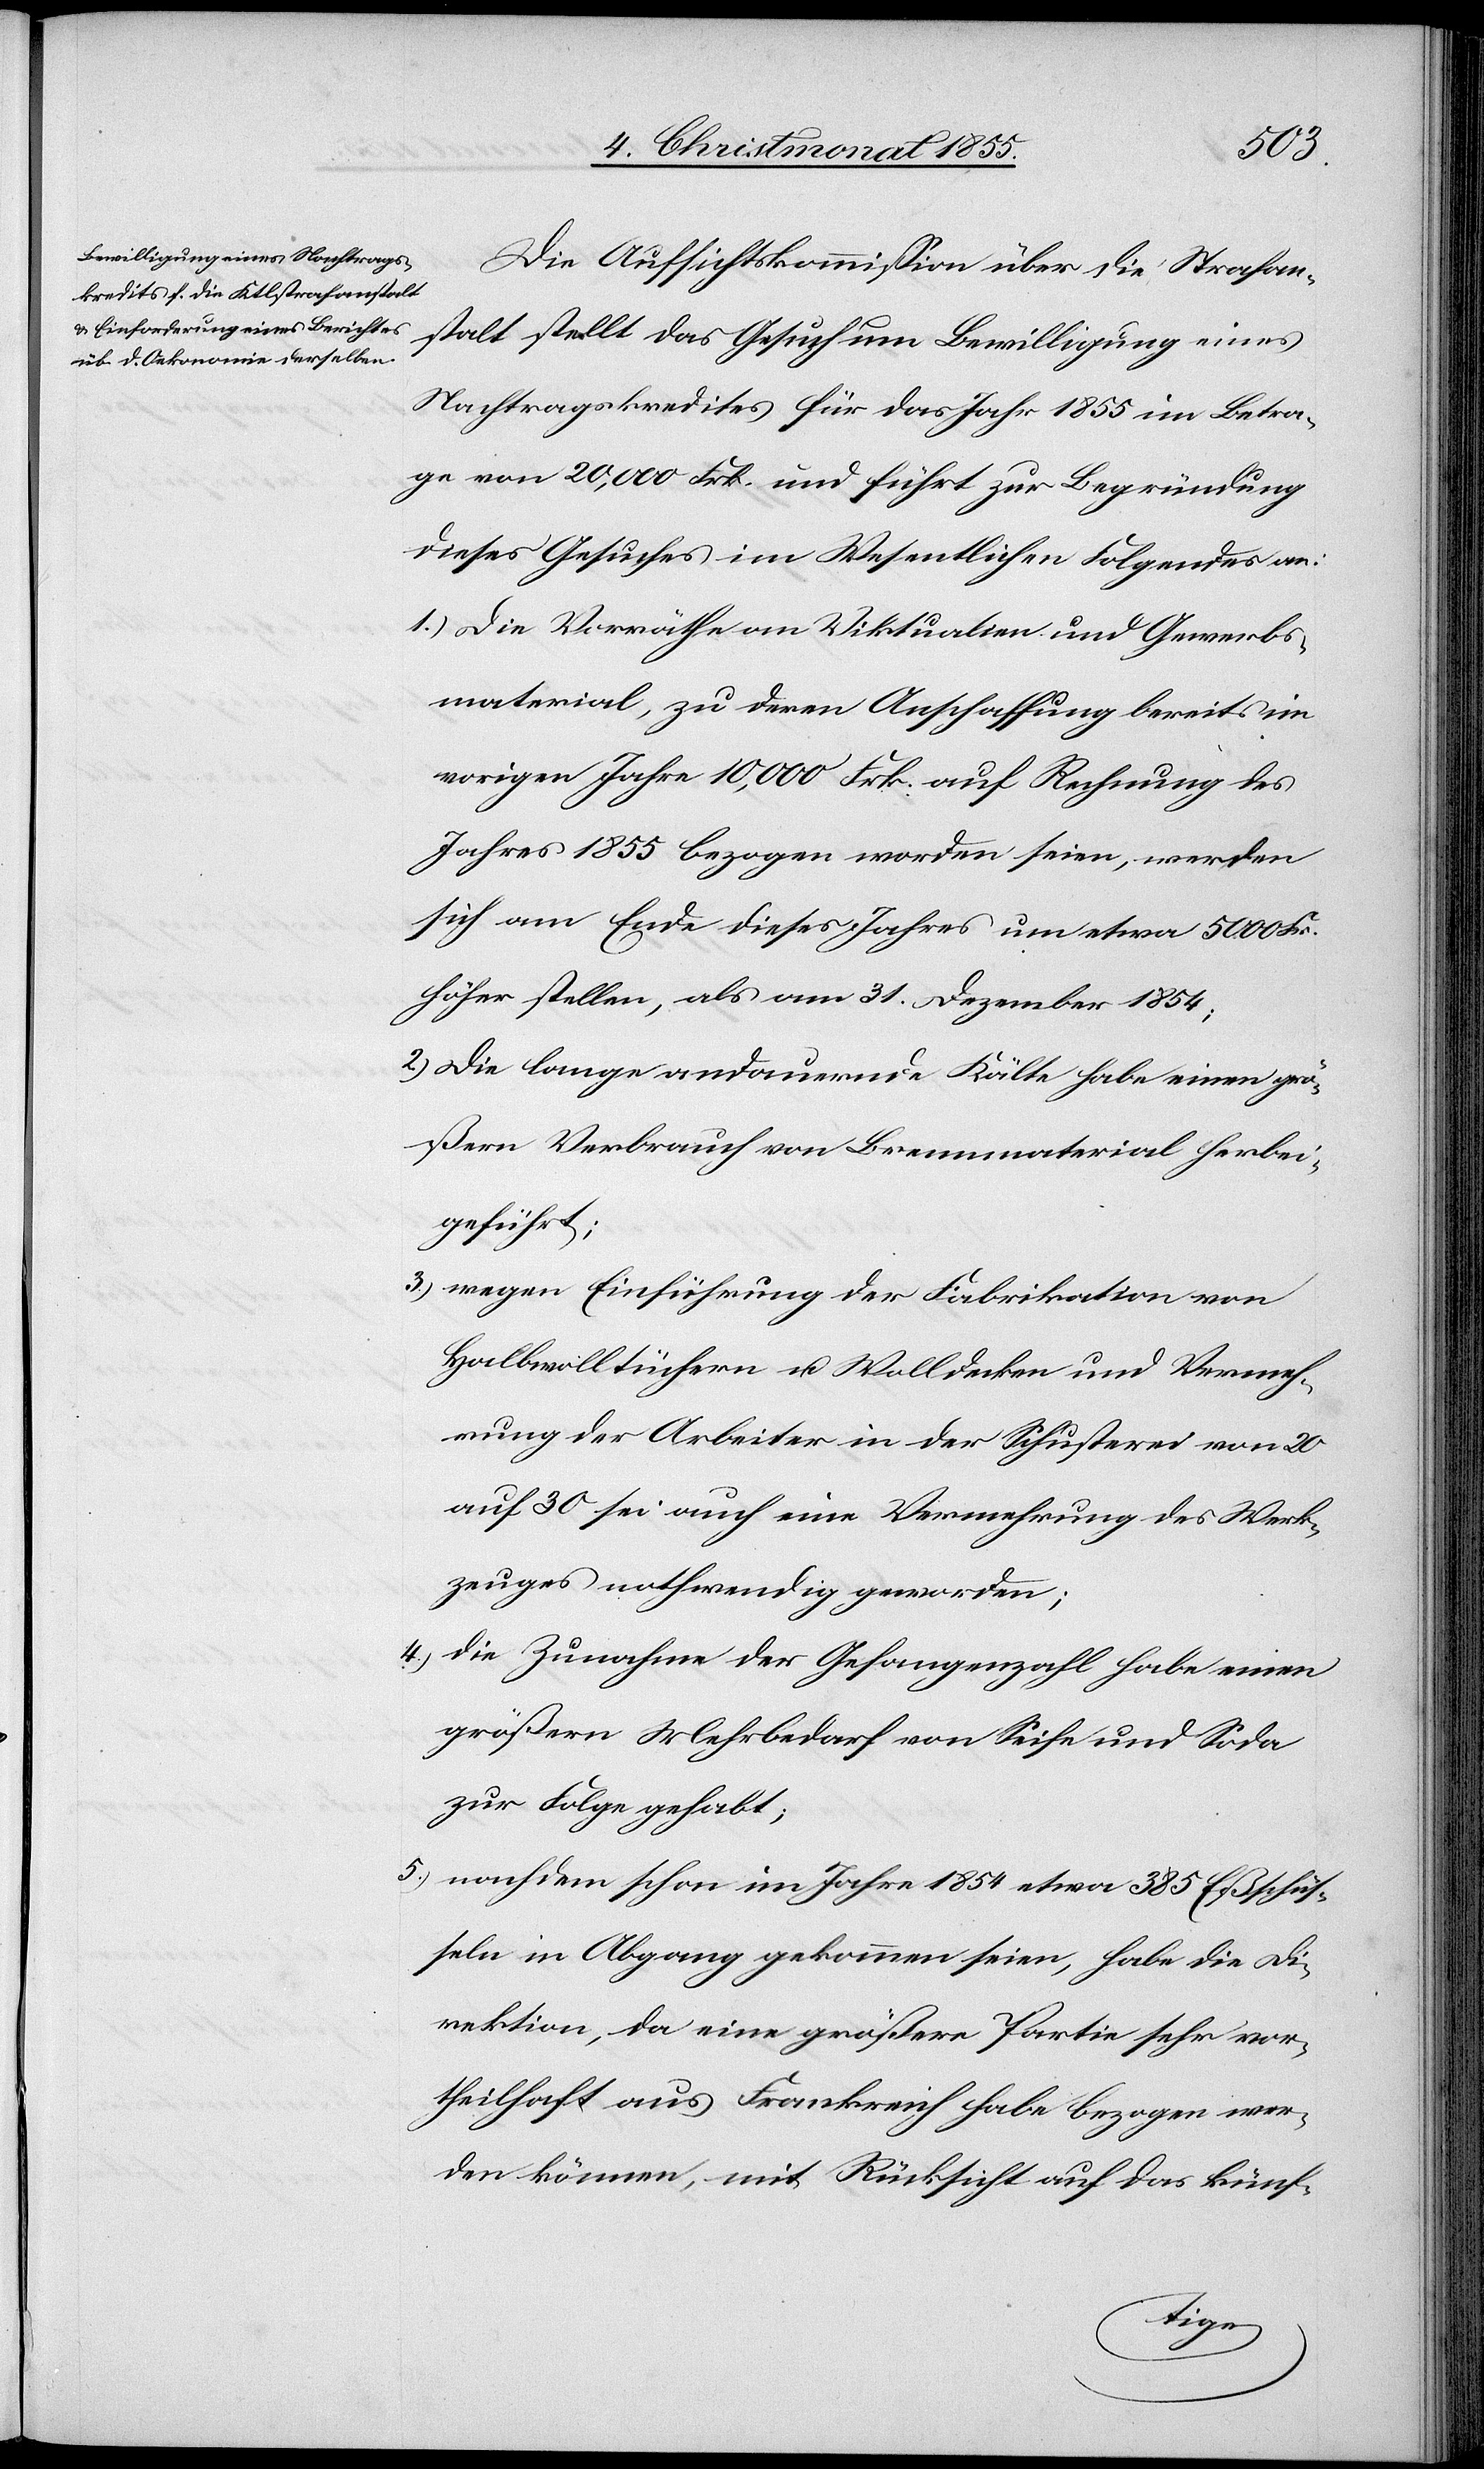
Die Aufsichtskommission über die Strafan¬
stalt stellt das Gesuch um Bewilligung eines
Nachtragskredites für das Jahr 1855 im Betra¬
ge von 20,000 Frk. und führt zur Begründung
dieses Gesuches im Wesentlichen Folgendes an:
Die Vorräthe an Viktualien und Gewerbs¬
material, zu deren Anschaffung bereits im
vorigen Jahre 10,000 Frk. auf Rechnung des
Jahres 1855 bezogen worden seien, werden
sich am Ende dieses Jahres um etwa 5000 Fr.
höher stellen, als am 31. Dezember 1854;
Die lange andauernde Kälte habe einen grö¬
ßern Verbrauch von Brennmaterial herbei¬
geführt;
wegen Einführung der Fabrikation von
Halbwolltüchern u. Wolldecken und Vermeh¬
rung der Arbeiter in der Schusterei von 20
auf 30 sei auch eine Vermehrung des Werk¬
zeuges nothwendig geworden;
die Zunahme der Gefangenzahl habe einen
größern Mehrbedarf von Seife und Soda
zur Folge gehabt;
nachdem schon im Jahre 1854 etwa 385 Eßschüs¬
seln in Abgang gekommen seien, habe die Di¬
rektion, da eine größere Partie sehr vor¬
theilhaft aus Frankreich habe bezogen wer¬
den können, mit Rücksicht auf das künf-